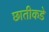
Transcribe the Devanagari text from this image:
छातीकडे